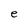
Character: e